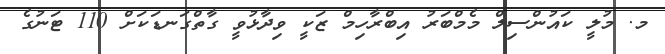
މ. މުލީ ކައުންސިލް މެމްބަރު އިބްރާހިމް ޒަކީ ވިދާޅުވީ ގާތްގަނޑަކަށް 110 ޓަނުގެ